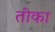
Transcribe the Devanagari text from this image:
तीका